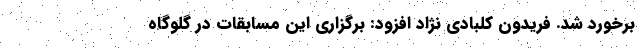
برخورد شد. فریدون کلبادی نژاد افزود: برگزاری این مسابقات در گلوگاه